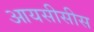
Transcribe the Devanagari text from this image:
आयसीसीस